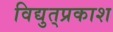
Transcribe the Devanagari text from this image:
विद्युत्‌प्रकाश